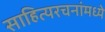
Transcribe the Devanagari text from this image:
साहित्यरचनांमध्ये